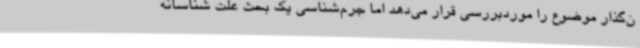
ن‌گذار موضوع را موردبررسی قرار می‌دهد اما جرم‌شناسی یک بحث علت شناسانه